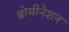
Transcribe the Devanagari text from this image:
ब्रोमीनेशन